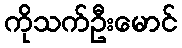
ကိုသက်ဦးမောင်